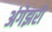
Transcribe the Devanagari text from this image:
अंगेझरी